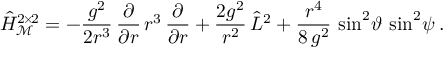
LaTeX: \hat { H } _ { \mathcal M } ^ { 2 \! \times \! 2 } = - \frac { g ^ { 2 } } { 2 r ^ { 3 } } \, \frac { \partial } { \partial r } \, r ^ { 3 } \, \frac { \partial } { \partial r } + \frac { 2 g ^ { 2 } } { r ^ { 2 } } \, \hat { L } ^ { 2 } + \frac { r ^ { 4 } } { 8 \, g ^ { 2 } } \, \sin ^ { 2 } \! \vartheta \: \sin ^ { 2 } \! \psi \: .